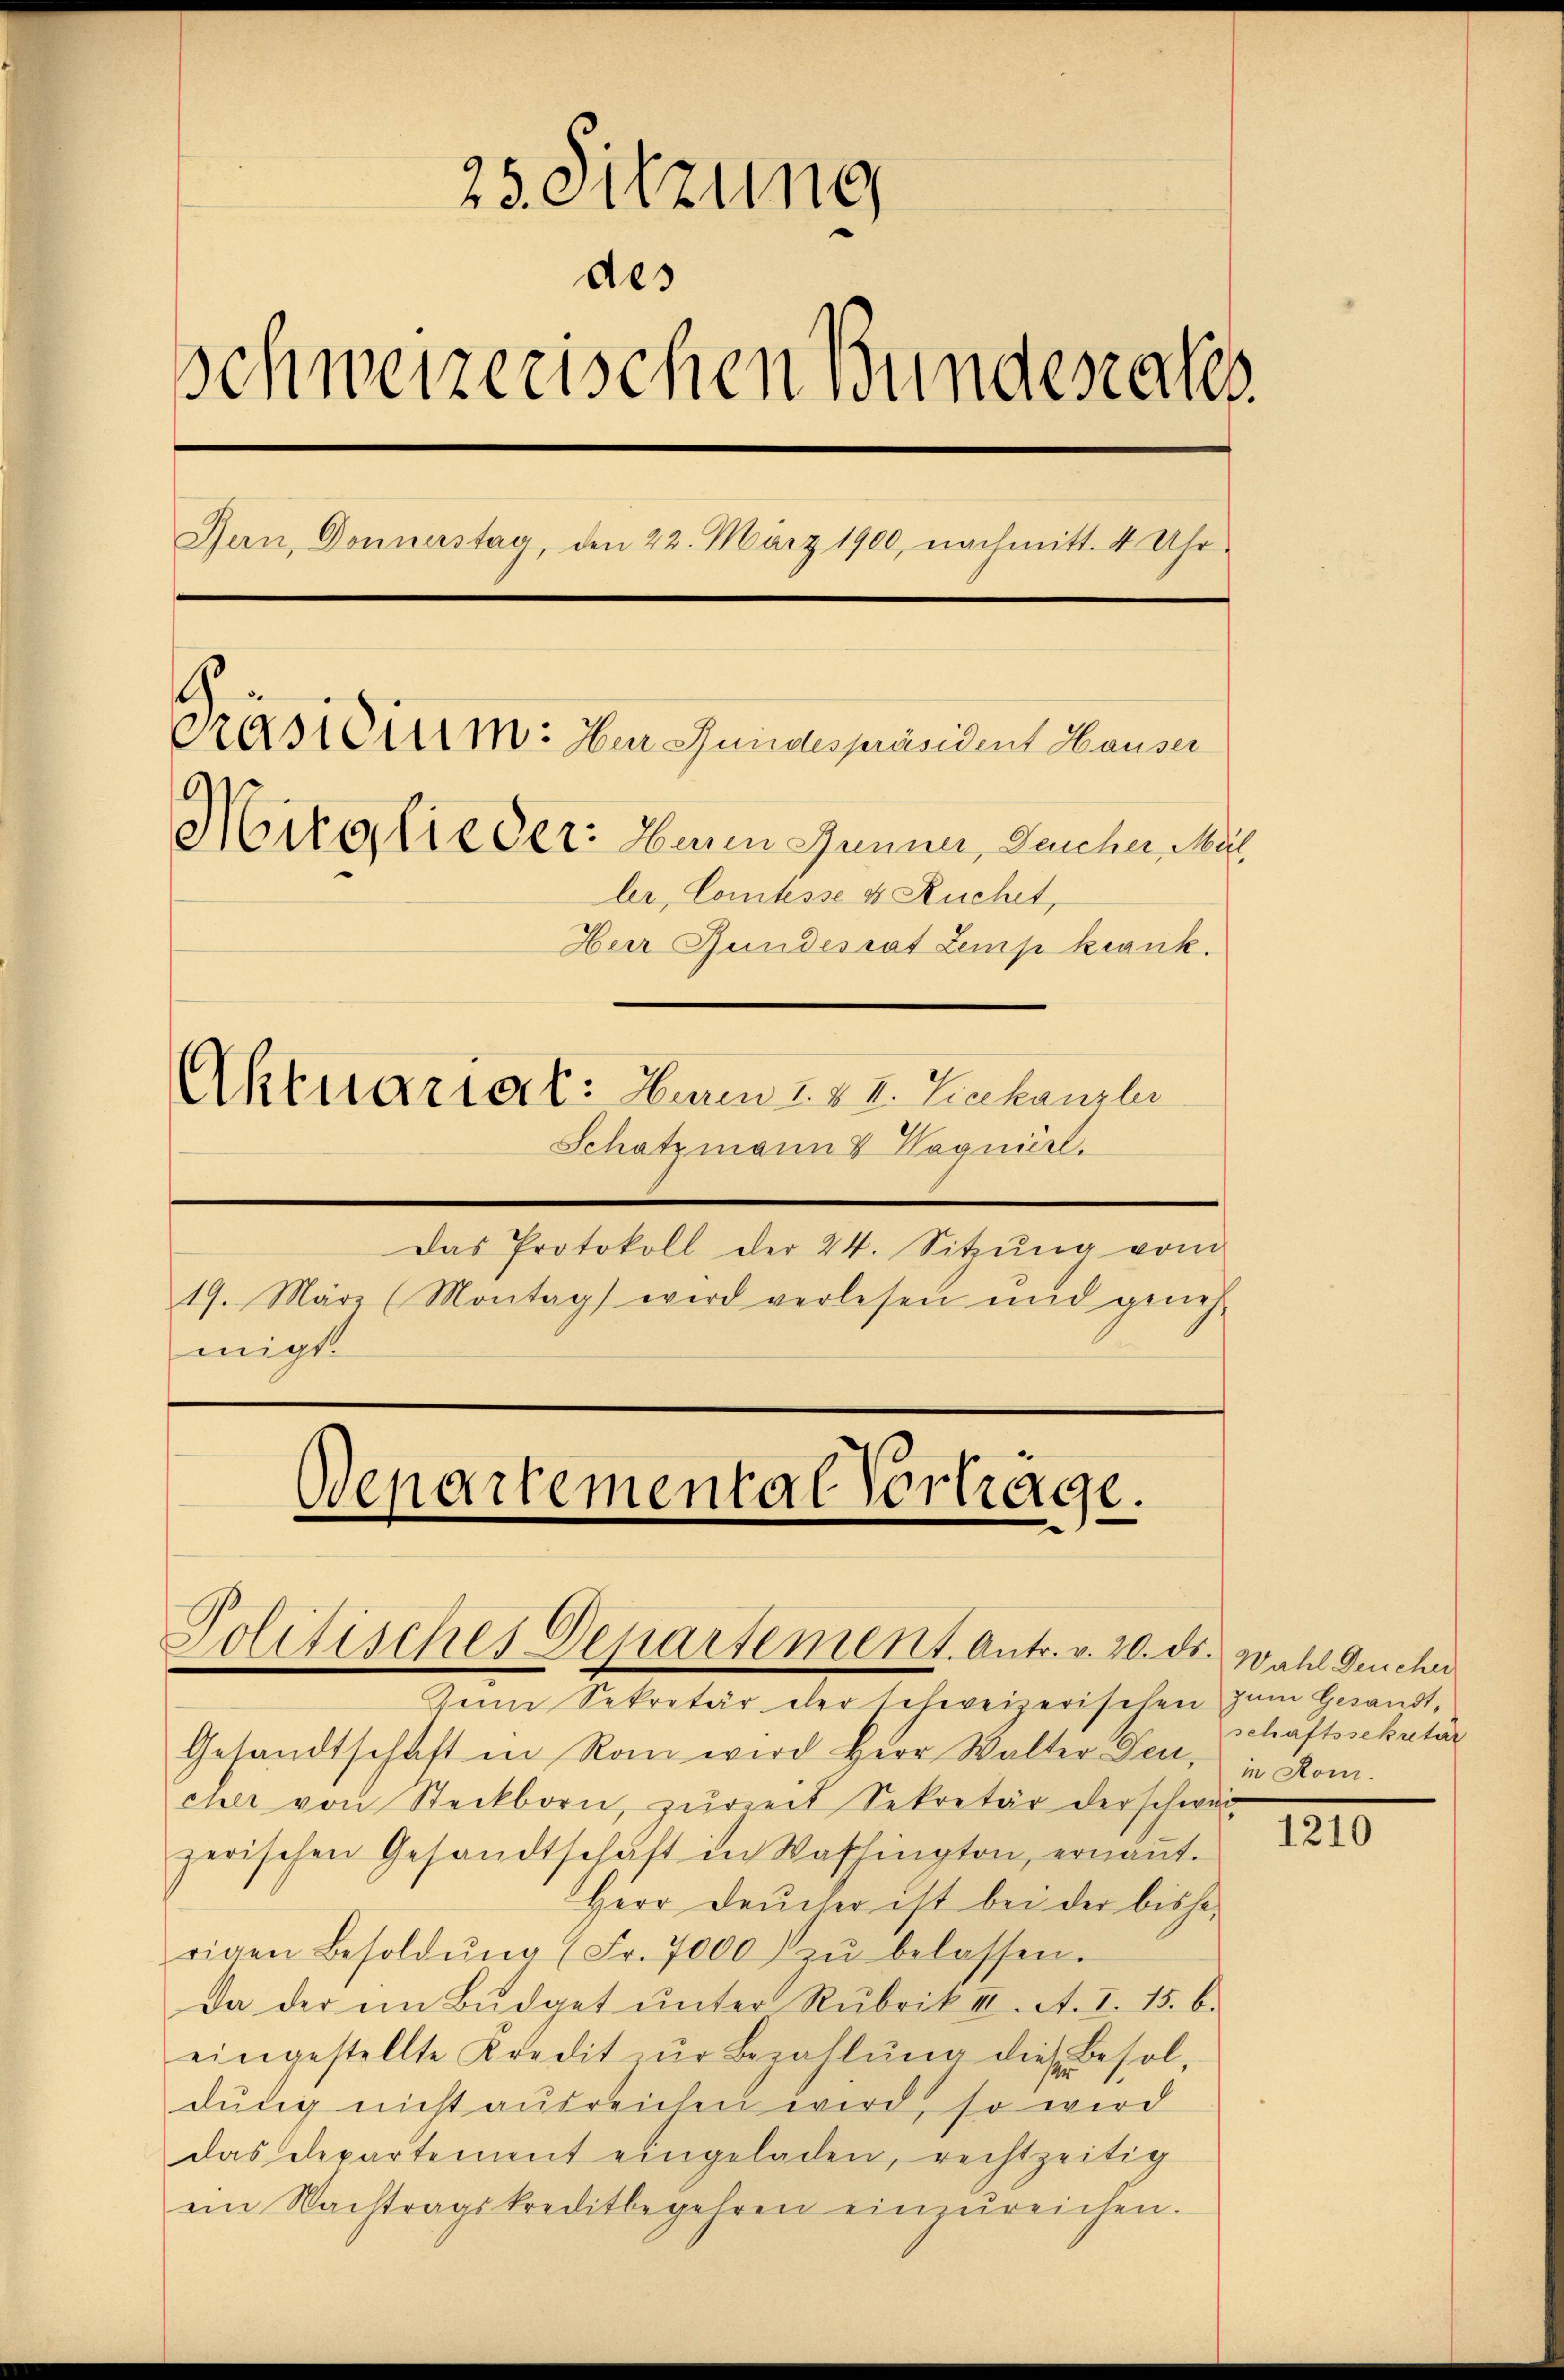
25. Sitzung
des
schweizerischen Bunderates.
Bern, Donnerstag, den 22. März 1900, nachmitt. 4 Uhr
Präsiduim: Im Gundespräsident Hauser
Mitglieder: Heren Jenner, Deucher, Mus
ler, Comtesse & Kuchet,
Herr Bundesrat Zemp krank.
Aktuariat: Huren I. & 2. Liechanzler
Schatzmann & Wagnierl.

Das Protokoll der 24. Sitzŭng vom
19. März (Montag wird verlesen und geneh-
migt.

Departemental Vertrage.

Politisches Departement. Antr. v. 20. ds. Wahl Deucher

Zum Sekretär der schweizerischen zum Gesandt¬
Gesandtschaft in Ran wird Herr Walter Deu, in Komcher von Steckborn, zŭrzeit Sekretär der schwar
zerischen Gesandtschaft in Washington, ernaṅt.
Herr Deucher ist bei der bisherigen Besoldŭng (Fr. 7000 zŭ belassen.
Da der ein Büdget ŭnter Rubrik III. A. I. 15. b.
eingestellte Kredit zŭr Bezahlŭng diese Besoldŭrig nicht ausreichen wird, so wird
das Departement eingeladen, rechtzeitig
ein Nachtragskreditbegehren einzŭreichen.

schaftssekretar

1210